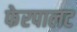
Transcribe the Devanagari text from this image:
फेरपालट